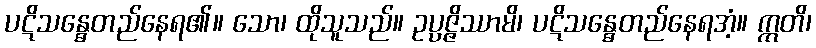
ပဋိသန္ဓေတည်နေရ၏။ သော၊ ထိုသူသည်။ ဥပ္ပဇ္ဇိဿာမိ၊ ပဋိသန္ဓေတည်နေရအံ့။ ဣတိ၊